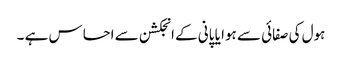
ہول کی صفائی سے ہوا یا پانی کے انجکشن سے احساس ہے ۔